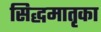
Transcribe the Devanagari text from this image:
सिद्धमातृका